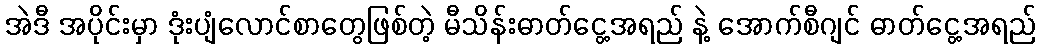
အဲဒီ အပိုင်းမှာ ဒုံးပျံလောင်စာတွေဖြစ်တဲ့ မီသိန်းဓာတ်ငွေ့အရည် နဲ့ အောက်စီဂျင် ဓာတ်ငွေ့အရည်